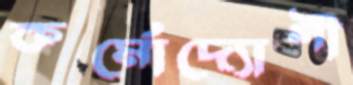
কর্মোদ্যোগী